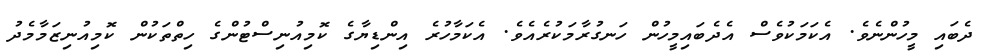
ދެބައި މީހުންނެވެ. އެކަމަކުވެސް އެދެބައިމީހުން ހަނގުރާމަކުރެއެވެ. އެކަމާހުރެ އިންޑިޔާގެ ކޮމިއުނިސްޓުންގެ ހިތްތަކުން ކޮމިއުނިޒަމާމެދު